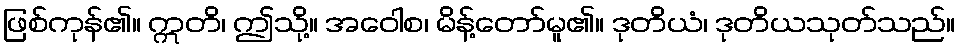
ဖြစ်ကုန်၏။ ဣတိ၊ ဤသို့။ အဝေါစ၊ မိန့်တော်မူ၏။ ဒုတိယံ၊ ဒုတိယသုတ်သည်။